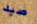
صيد